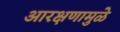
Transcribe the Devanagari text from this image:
आरक्षणामुळे